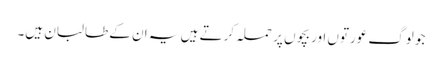
جو لوگ عورتوں اور بچوں پر حملہ کرتے ہیں یہ ان کے طالبان ہیں۔